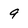
Character: 9